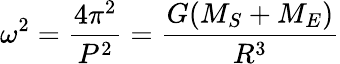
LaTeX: \omega^{2}={\frac{4\pi^{2}}{P^{2}}}={\frac{G(M_{S}+M_{E})}{R^{3}}}